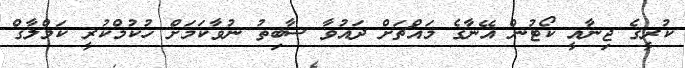
ކުރީގެ ޖިނާއީ ކޯޓުން އޭނާގެ މައްޗަށް ދައުވާ ސާބިތު ނުވާކަމަށް ހުކުމްކުރީ ކަމްލާގް